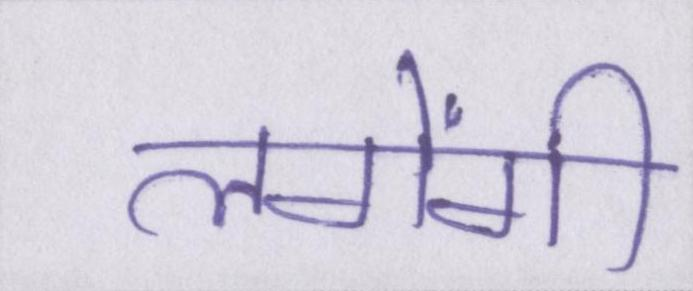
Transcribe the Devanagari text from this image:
लगेंगी